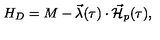
H _ { D } = M - \vec { \lambda } ( \tau ) \cdot \vec { { \cal H } } _ { p } ( \tau ) ,